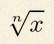
\sqrt[n]{x}